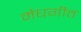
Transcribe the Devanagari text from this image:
मेघगीत